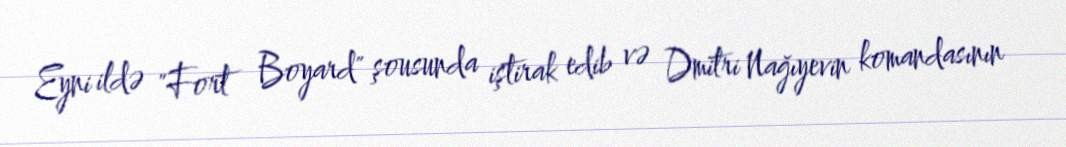
Eyni ildə "Fort Boyard" şousunda iştirak edib və Dmitri Nağıyevin komandasının